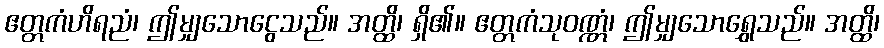
ဧတ္တကံဟိရညံ၊ ဤမျှသောငွေသည်။ အတ္ထိ၊ ရှိ၏။ ဧတ္တကံသုဝဏ္ဏံ၊ ဤမျှသောရွှေသည်။ အတ္ထိ၊